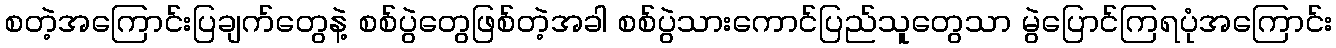
စတဲ့အကြောင်းပြချက်တွေနဲ့ စစ်ပွဲတွေဖြစ်တဲ့အခါ စစ်ပွဲသားကောင်ပြည်သူတွေသာ မွဲပြောင်ကြရပုံအကြောင်း